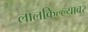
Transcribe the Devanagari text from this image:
लालकिल्ल्यावर